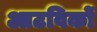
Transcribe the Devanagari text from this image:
आटविकों